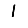
Digit: 1